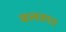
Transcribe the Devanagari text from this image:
बलवण